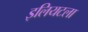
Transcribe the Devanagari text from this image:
इलियटला